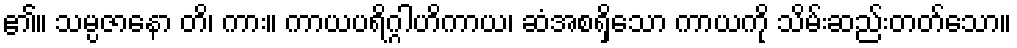
၏။ သမ္ပဇာနော တိ၊ ကား။ ကာယပရိဂ္ဂါဟိကာယ၊ ဆံအစရှိသော ကာယကို သိမ်းဆည်းတတ်သော။